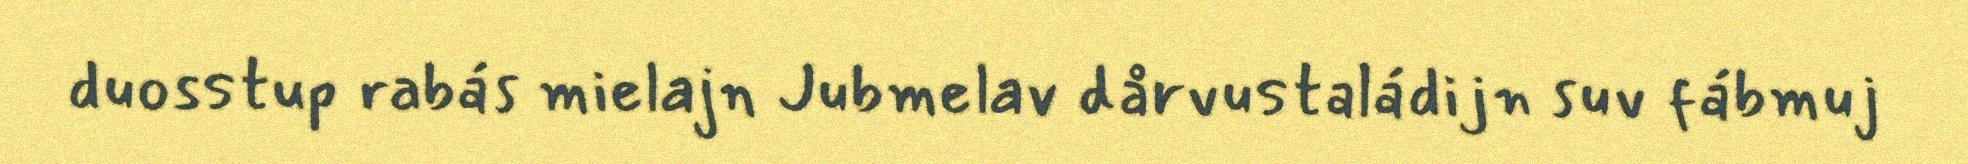
duosstup rabás mielajn Jubmelav dårvustaládijn suv fábmuj